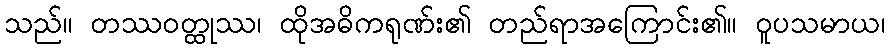
သည်။ တဿဝတ္ထုဿ၊ ထိုအဓိကရုဏ်း၏ တည်ရာအကြောင်း၏။ ဝူပသမာယ၊